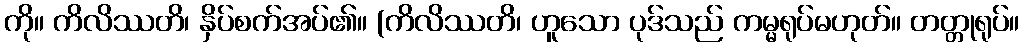
ကို။ ကိလိဿတိ၊ နှိပ်စက်အပ်၏။ (ကိလိဿတိ၊ ဟူသော ပုဒ်သည် ကမ္မရုပ်မဟုတ်။ တတ္တုရုပ်။